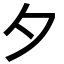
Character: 夕